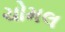
ચોમલ